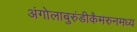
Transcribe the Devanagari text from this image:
अंगोलाबुरुंडीकैमरुनमध्य